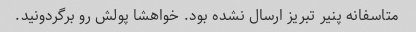
متاسفانه پنیر تبریز ارسال نشده بود. خواهشا پولش رو برگردونید.